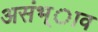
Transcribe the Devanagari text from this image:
असंभ्ाव